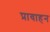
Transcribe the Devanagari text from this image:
प्रावाहन